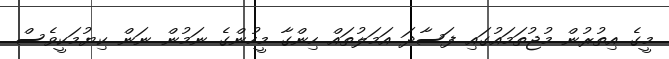
މީގެ އިތުރުން މުޖުތަމައުގައި ފަސާދަ އަމަލުތައް ހިންގާ މީހުންގެ ނަމުން ނަން ކިޔުމަކީވެސް